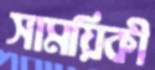
সাময়িকী